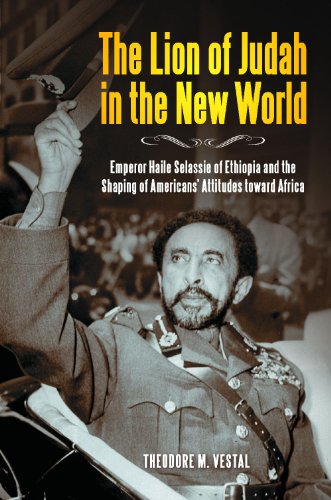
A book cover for The Lion of Judah in the New World: Emperor Haile Selassie of Ethiopia and the Shaping of Americans' Attitudes toward Africa; Theodore M. Vestal Ph.D.; History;